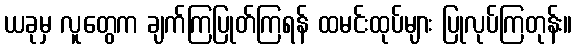
ယခုမှ လူတွေက ချက်ကြပြုတ်ကြရန် ထမင်းထုပ်များ ပြုလုပ်ကြတုန်း။